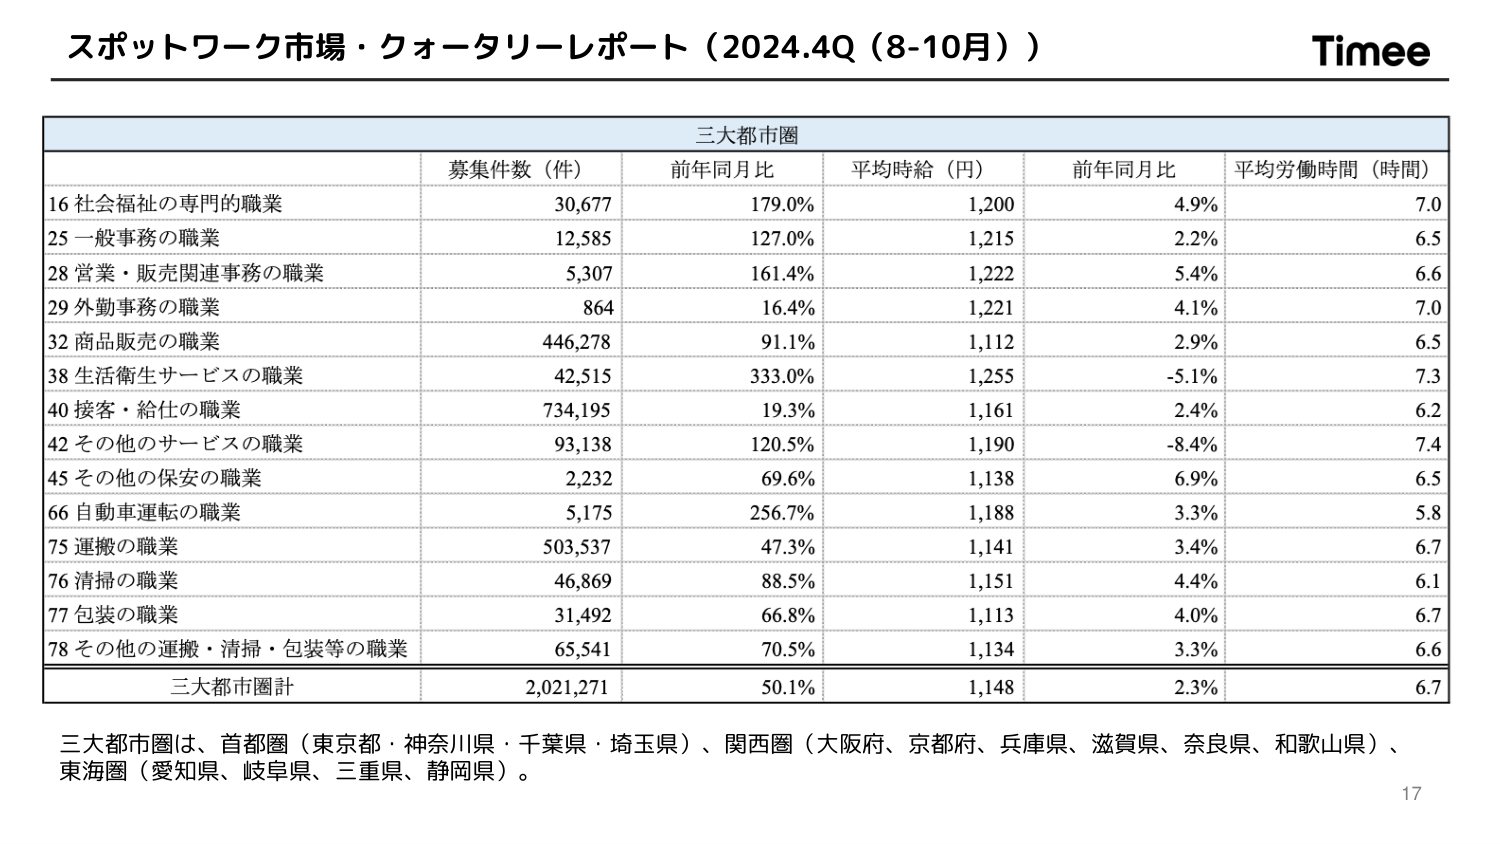
スポットワーク市場・クォータリーレポート（2024.4Q（8-10月））
Timee

三大都市圏

募集件数（件）　前年同月比　平均時給（円）　前年同月比　平均労働時間（時間）

16 社会福祉の専門的職業　30,677　179.0%　1,200　4.9%　7.0
25 一般事務の職業　12,585　127.0%　1,215　2.2%　6.5
28 営業・販売関連事務の職業　5,307　161.4%　1,222　5.4%　6.6
29 外勤事務の職業　864　16.4%　1,221　4.1%　7.0
32 商品販売の職業　446,278　91.1%　1,112　2.9%　6.5
38 生活衛生サービスの職業　42,515　333.0%　1,255　-5.1%　7.3
40 接客・給仕の職業　734,195　19.3%　1,161　2.4%　6.2
42 その他のサービスの職業　93,138　120.5%　1,190　-8.4%　7.4
45 その他の保安の職業　2,232　69.6%　1,138　6.9%　6.5
66 自動車運転の職業　5,175　256.7%　1,188　3.3%　5.8
75 運搬の職業　503,537　47.3%　1,141　3.4%　6.7
76 清掃の職業　46,869　88.5%　1,151　4.4%　6.1
77 包装の職業　31,492　66.8%　1,113　4.0%　6.7
78 その他の運搬・清掃・包装等の職業　65,541　70.5%　1,134　3.3%　6.6

三大都市圏計　2,021,271　50.1%　1,148　2.3%　6.7

三大都市圏は、首都圏（東京都・神奈川県・千葉県・埼玉県）、関西圏（大阪府、京都府、兵庫県、滋賀県、奈良県、和歌山県）、東海圏（愛知県、岐阜県、三重県、静岡県）。

17